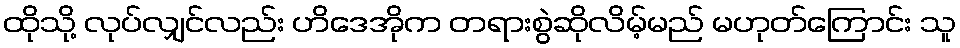
ထိုသို့ လုပ်လျှင်လည်း ဟိဒေအိုက တရားစွဲဆိုလိမ့်မည် မဟုတ်ကြောင်း သူ